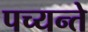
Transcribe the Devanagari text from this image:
पच्यन्ते